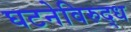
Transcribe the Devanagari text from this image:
घटनेविरुद्ध